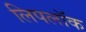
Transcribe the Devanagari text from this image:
लिपलॉक